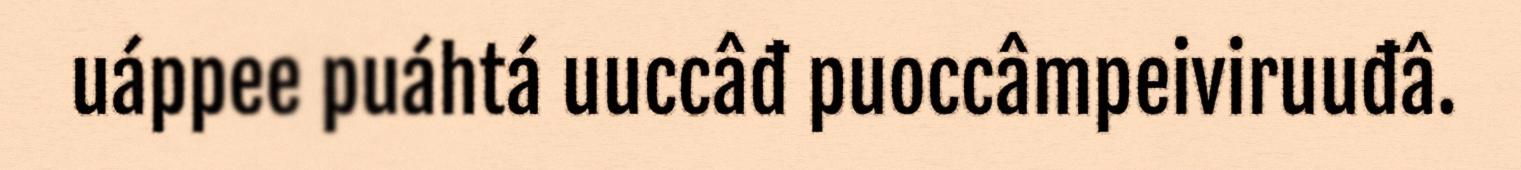
uáppee puáhtá uuccâđ puoccâmpeiviruuđâ.